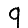
Digit: 9